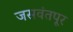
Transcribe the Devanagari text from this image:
जसवंतपूर